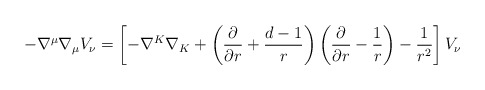
\begin{align*}-\nabla^\mu \nabla_\mu V_{\nu}=\left[-\nabla^K\nabla_K+\left({\partial \over \partial r}+{{d-1}\over r}\right)\left({\partial \over \partial r}-{1 \over r}\right)-{1 \over {r^2}} \right] V_{\nu}~~~\end{align*}